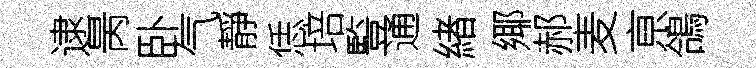
逮昺卧气靜恁培䜿通緖鄊郝麦亰鴿